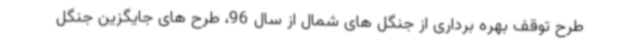
طرح توقف بهره برداری از جنگل های شمال از سال 96، طرح های جایگزین جنگل